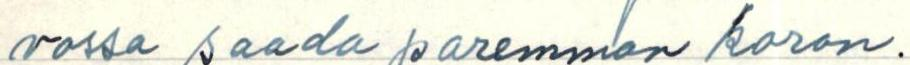
vossa saada paremman koron.